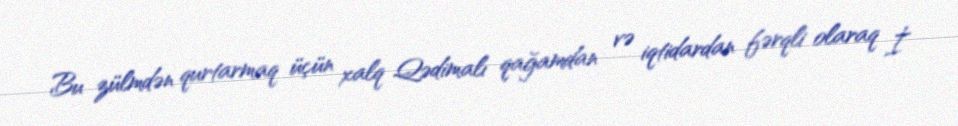
Bu zülmdən qurtarmaq üçün xalq Qədimalı qağamdan və iqtidardan fərqli olaraq İ